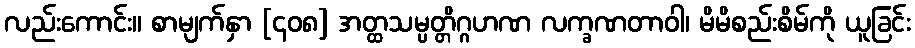
လည်းကောင်း။ စာမျက်နှာ [၄၀၈] အတ္ထသမ္ပတ္တိဂ္ဂဟဏ လက္ခဏတာဝါ၊ မိမိစည်းစိမ်ကို ယူခြင်း